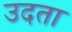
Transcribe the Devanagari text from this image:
उदता